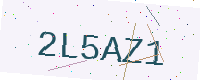
Text: 2L5AZ1